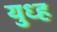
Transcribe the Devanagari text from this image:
युध्ह